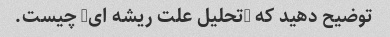
توضیح دهید که "تحلیل علت ریشه ای" چیست.